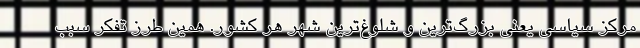
مركز سياسي يعني بزرگ‌ترين و شلوغ‌ترين شهر هر كشور. همين طرز تفكر سبب